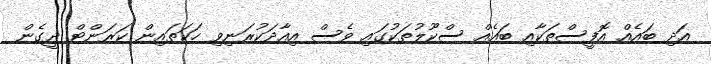
އަދި ބައެއް އޮފީސްތަކާއި ބައެއް ސްކޫލުތަކުގައި ވެސް އިއާދަކުރަނިވި ހަކަތައިން ކަރަންޓް ދީގެން